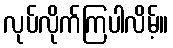
လုပ်လိုက်ကြပါလိမ့်။